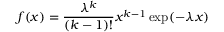
f ( x ) = { \frac { \lambda ^ { k } } { ( k - 1 ) ! } } x ^ { k - 1 } \exp ( - \lambda x )